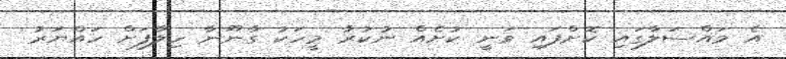
އެ މައްސަލާގައި ކޮށްފައި ވަނީ ކުށެއް ނުކުރާ މީހަކު ގާނޫނާ ހިލާފަށް ހައްޔަރު